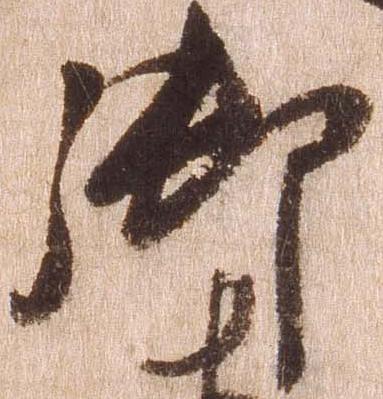
御